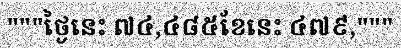
"""ថ្ងៃនេះ ៧៤,៤៨៥ខែនេះ ៤៧៩,"""